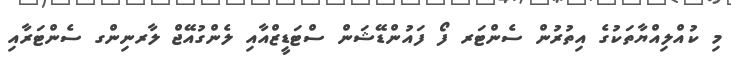
މި ކުއްލިއްޔާތަކުގެ އިތުރުން ސެންޓަރ ފޯ ފައުންޑޭޝަން ސްޓަޑީޒްއާއި ލެންގުއޭޖް ލާރނިންގ ސެންޓަރާއި